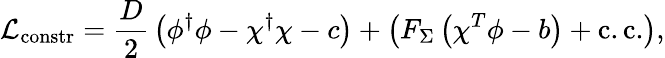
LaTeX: {\cal L}_{\mathrm{constr}}={\frac{D}{2}}\left(\phi^{\dagger}\phi-\chi^{\dagger}\chi-c\right)+\left(F_{\Sigma}\left(\chi^{T}\phi-b\right)+\mathrm{c.c.}\right),